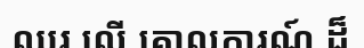
ឈរ លើ គោលការណ៍ ដ៏